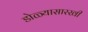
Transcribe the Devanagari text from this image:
डोळ्यासारखी